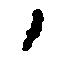
ノ